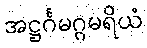
အဋ္ဌင်္ဂမဂ္ဂမရိယံ